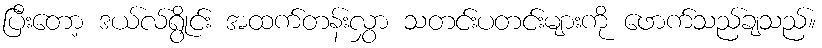
ပြီးတော့ ဒယ်လ်ရွိုင်း အထက်တန်းလွှာ သတင်းပတင်းများကို ဖောက်သည်ချသည်။